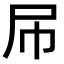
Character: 𡰯